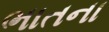
ભાતના